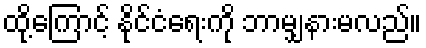
ထို့ကြောင့် နိုင်ငံရေးကို ဘာမျှနားမလည်။